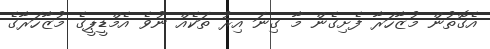
އެގޮތުން މުޒާހަރާ ފެށިގެން މާ ގިނަ އިރު ތަކެއް ނުވެ އެމްޑީޕީގެ މުޒާހަރާގެ